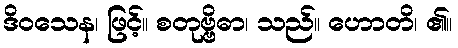
ဒိဝသေန၊ ဖြင့်။ စတုဗ္ဗိဓာ၊ သည်။ ဟောတိ၊ ၏။